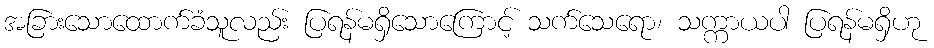
အခြားသောထောက်ခံသူလည်း ပြရန်မရှိသောကြောင့် သက်သေရော၊ သက္ကာယပါ ပြရန်မရှိဟု